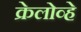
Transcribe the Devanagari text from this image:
क्रेलोव्हे